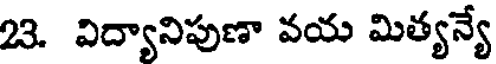
23. విద్యానిపుణా వయ మిత్యన్యే